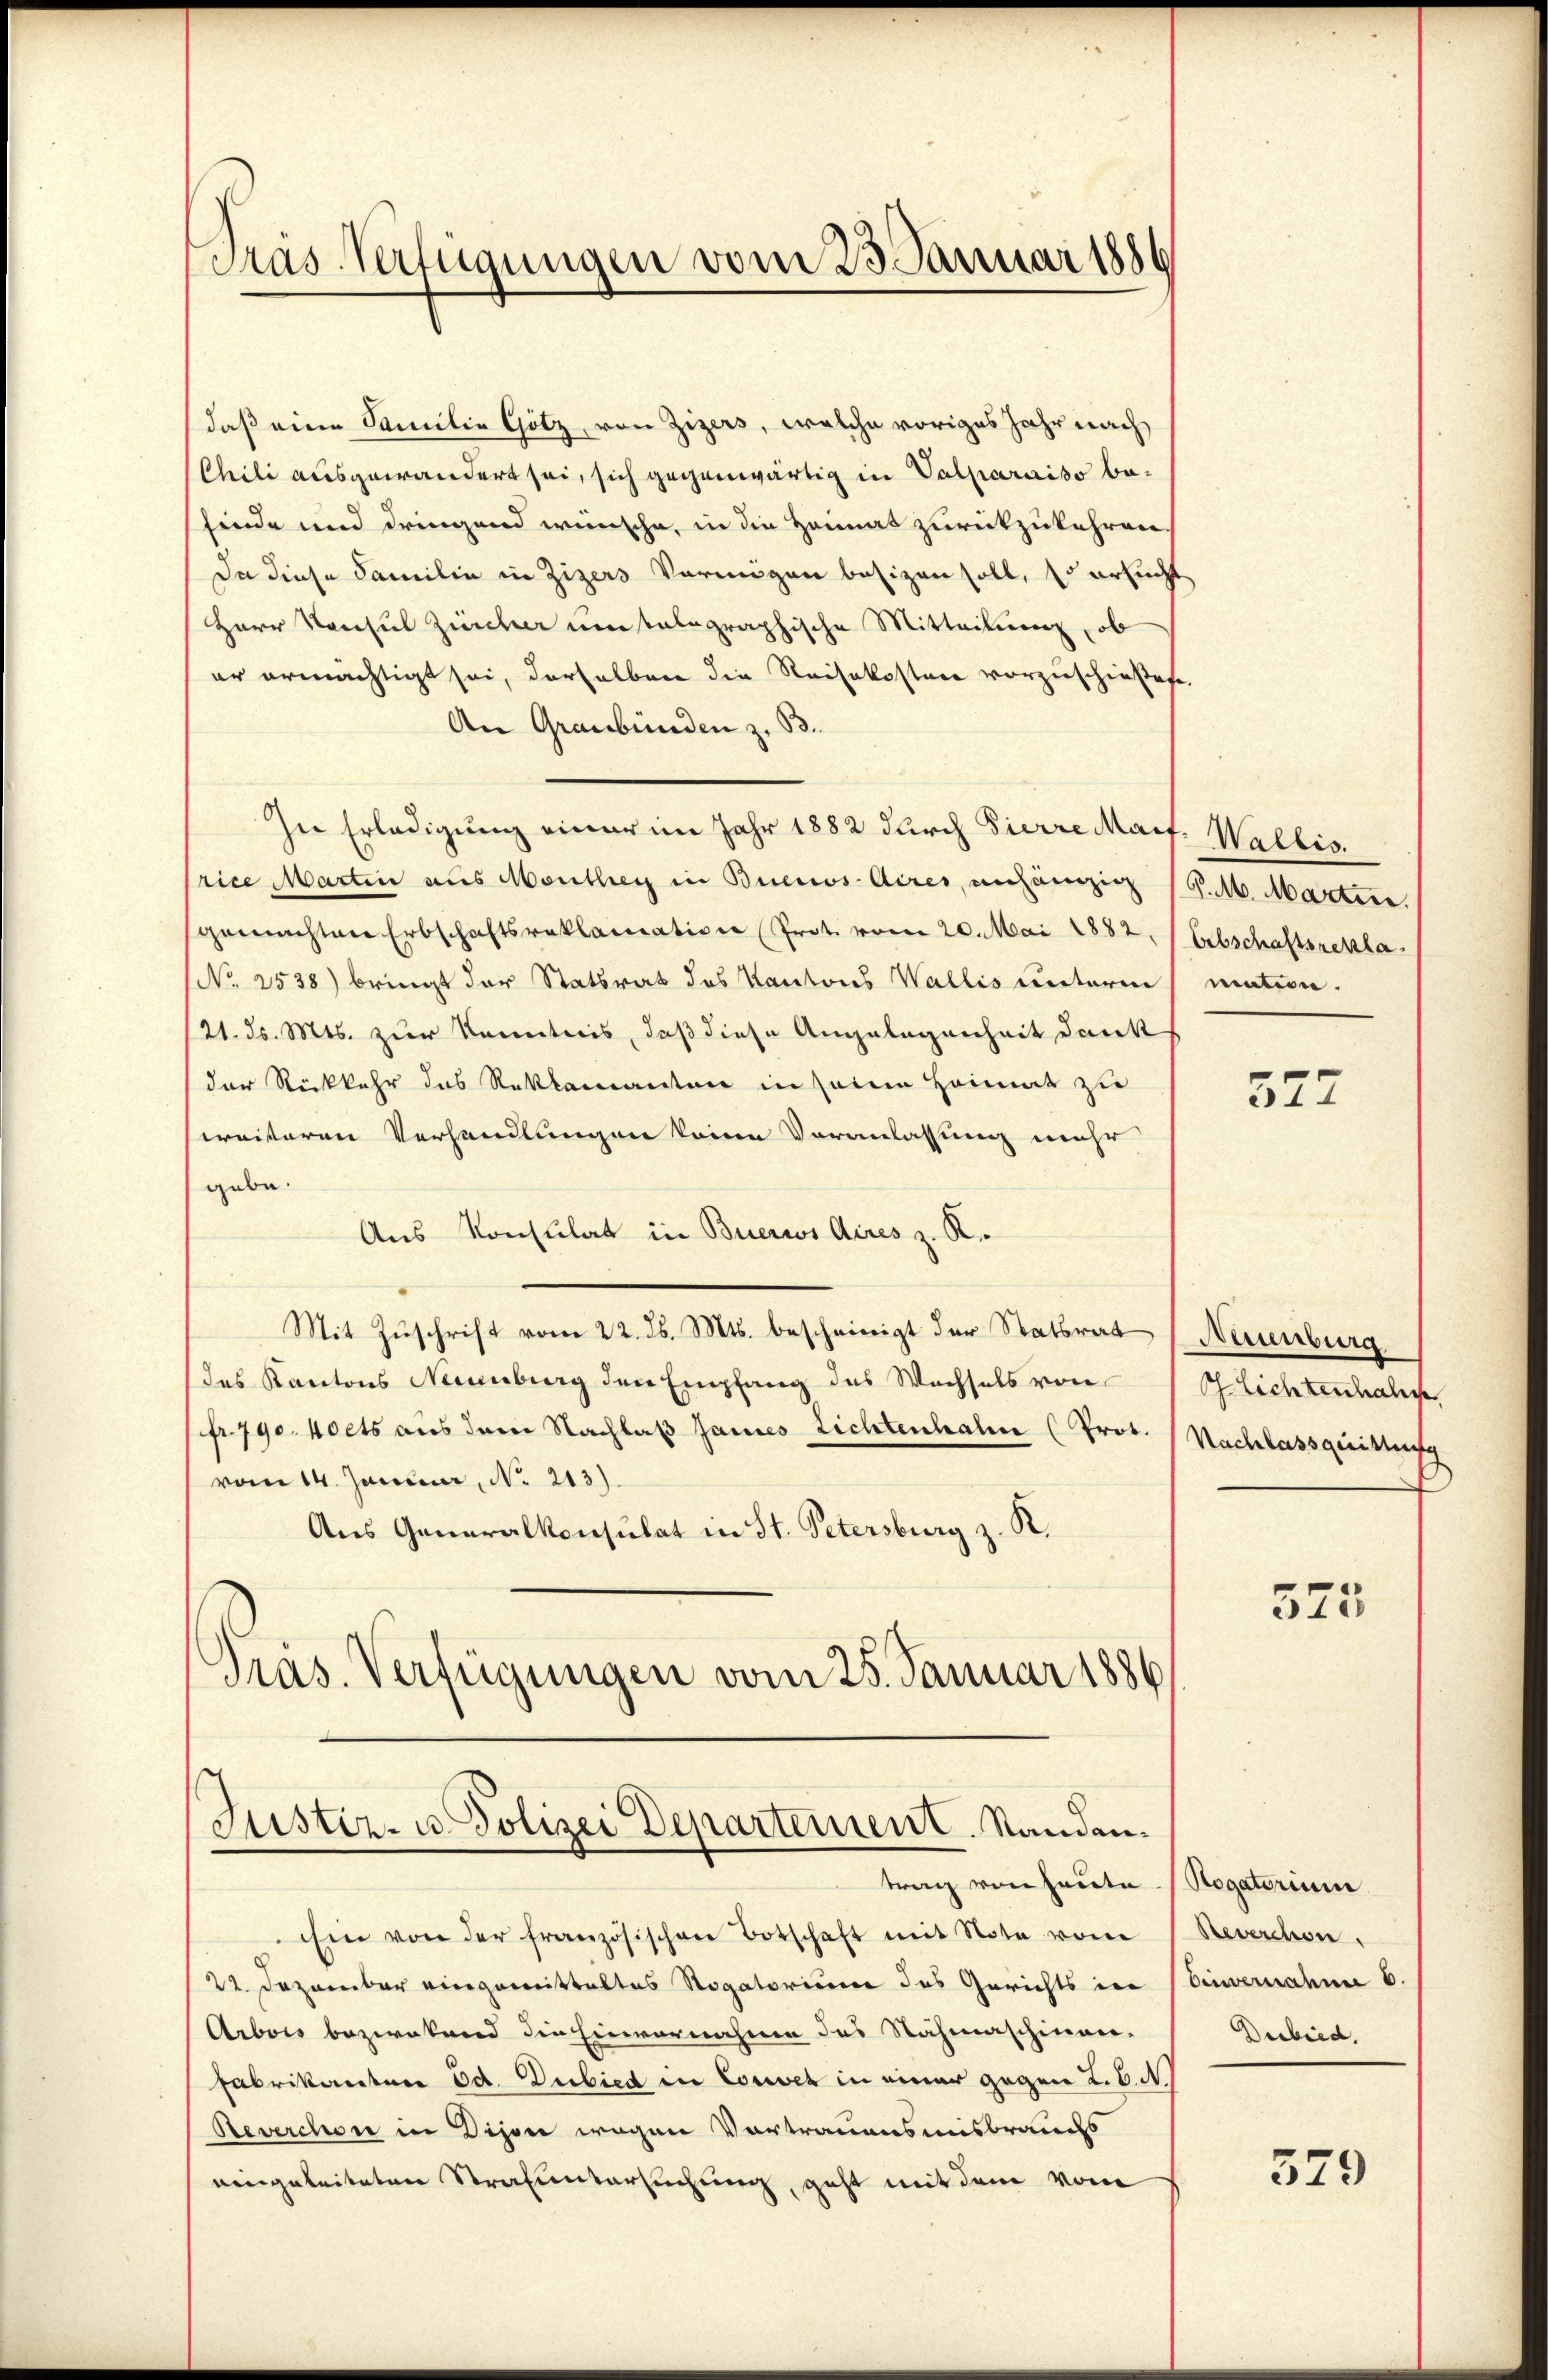
Pras Verfügungen vom 23. Januar 1886

daß eine Familie Götz, von Zizers, welche voriges Jahr nach
Chili ausgewändert sei, sich gegenwärtig in Valparaiso befinde und dringend wünsche, in die Heimat zurückzukehren.
Da diese Familie in Zizers Vermögen besizen soll, so ersucht
Herr Konsul Zürcher um talographische Mitteilung, ob
er ermächtigt sei, derselben die Reisekosten vorzuschießest.
An Graubünden z. B.
In Erledigung einer im Jahr 1882 durch Pierre Marf. Wallis.
Price Martin aus Monthey in Buenos-Aires, anhängig (G.M. Martine
gemachten Erbschaftsreklamation (Prot. vom 20. Mai 1882, Erbschaftsrekla
No 2538) bringt der Statsrat des Kantons Wallis unterm mation.
21. ds. Mts. zur Kenntnis, daß diese Angelegenheit dank
der Rückkehr das Reklamanten in seine Heimat zu
weiteren Verhandlungen keine Veranlassung mehr
gabe.
Aus Konsulat in Buerws Aires z. R.
Mit Zuschrift vom 22. ds. Mts. bescheinigt der Statsrat (Neuenburg.
des Kantons Neuenburg den Empfang des Wechsels von
sfr. 790. Nocts aus dem Nachlaß sames Lichtenhahn (Prot. Nachlassquittung
vom 14. Januar, No. 213).
Aus Generalkonsulat in St. Petersburg z. R.
Präs. Verfügungen vom 25. Januar 1886

Justiz- u. Polizei Departement. Standen.
trag von heute. (Rogatorium

Ein von der französischen Botschaft mit Note vom 1. Reverchon
22. Dezember eingemittaltes Rogatorium des Gerichts in Einvernahen 6.
Arbois bezwekend die Einvernahme des Nähmaschinen-
Fabrikanton Ed. Dubied in Couver in einer gegen L.B. N
Reverchon in Dijon wegen Vortrauensmisbrauchs
eingeleiteten Strafuntersuchung, geht mit dem von

527

G. Lichtenhal

575

Dubied.

379